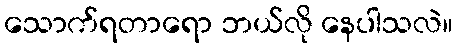
သောက်ရတာရော ဘယ်လို နေပါသလဲ။